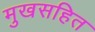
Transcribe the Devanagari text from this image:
मुखसहित